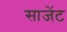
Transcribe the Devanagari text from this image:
साजेंट